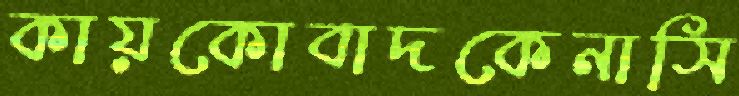
কায়কোবাদকেনাসি